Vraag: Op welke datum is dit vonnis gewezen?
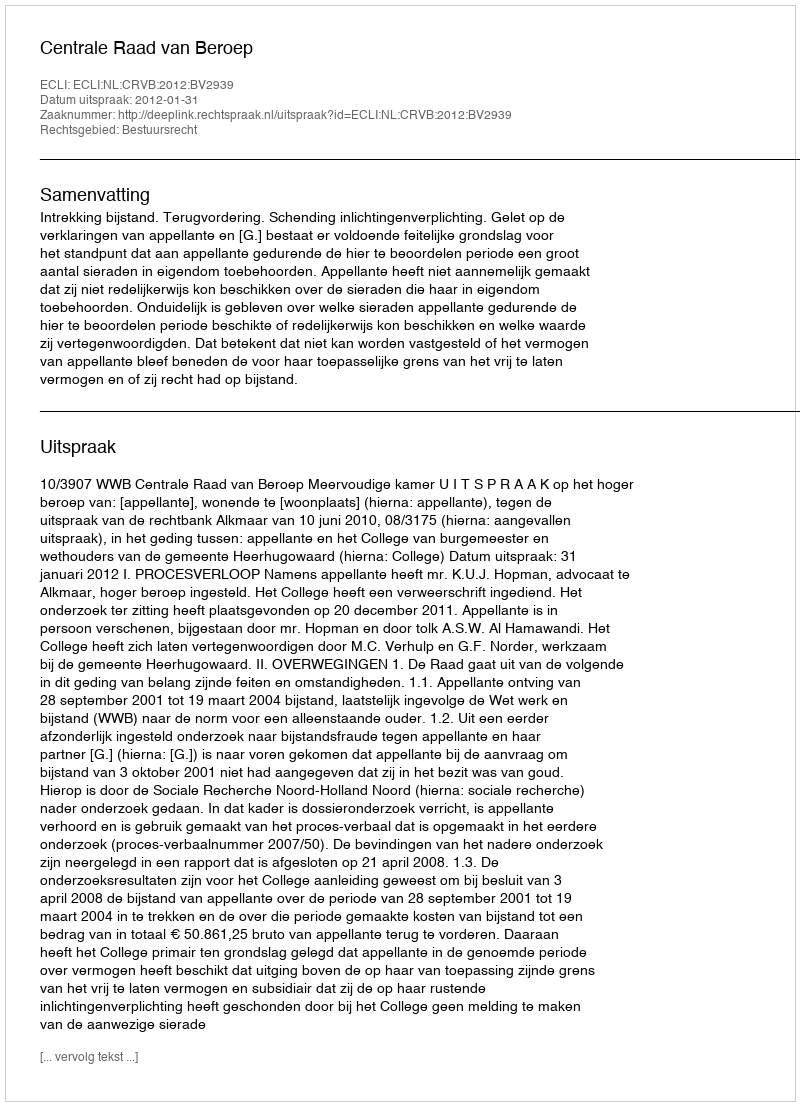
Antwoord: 2012-01-31